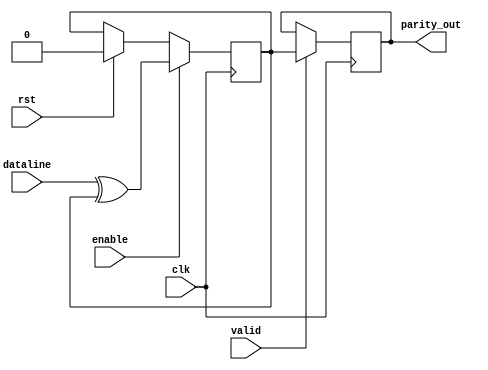
`ifndef _UART_PARITY_CHECKER
`define _UART_PARITY_CHECKER

module UARTParityChecker(
    output reg parity_out,
    input wire clk,
    input wire dataline,
    input wire rst,
    input wire valid,
    input wire enable
);

    reg parity;
    reg parity_next;
    reg parity_out_next;
    wire xor_outpt;

    assign xor_outpt = dataline ^ parity;

    always @(enable or rst or xor_outpt or parity)begin
        if(enable) parity_next = xor_outpt;
        else if(rst) parity_next = 0;
        else parity_next = parity;
    end

    always @(parity, parity_out, valid)begin
        if(valid) parity_out_next = parity;
        else parity_out_next = parity_out;
    end

    always @(posedge clk) parity_out <= parity_out_next;

    always @(posedge clk) parity <= parity_next;

endmodule
`endif